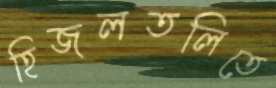
হিজলতলিতে